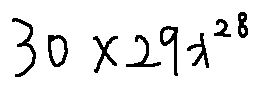
3 0 \times 2 9 x ^ { 2 8 }